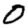
Digit: 0